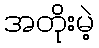
အတိုးမဲ့